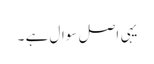
یہی اصل سوال ہے ۔